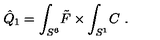
\hat { Q } _ { 1 } = \int _ { S ^ { 6 } } \! \tilde { F } \times \int _ { S ^ { 1 } } \! C \ .